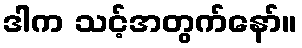
ဒါက သင့်အတွက်နော်။